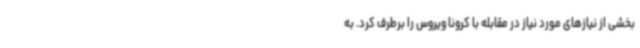
بخشی از نیازهای مورد نیاز در مقابله با کرونا ویروس را برطرف کرد. به